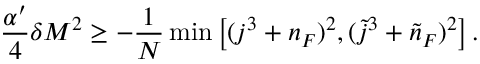
\frac { \alpha ^ { \prime } } 4 \delta M ^ { 2 } \ge - \frac 1 N \operatorname * { m i n } \left[ ( j ^ { 3 } + n _ { F } ) ^ { 2 } , ( \tilde { j } ^ { 3 } + \tilde { n } _ { F } ) ^ { 2 } \right] .